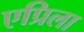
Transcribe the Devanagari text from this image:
एप्रिला